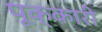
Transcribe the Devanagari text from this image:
पूक्कारी